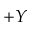
+ Y